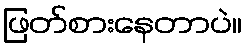
ဖြတ်စားနေတာပဲ။